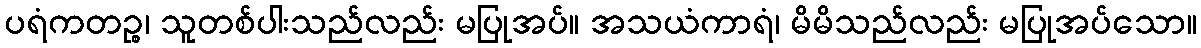
ပရံကတဉ္စ၊ သူတစ်ပါးသည်လည်း မပြုအပ်။ အသယံကာရံ၊ မိမိသည်လည်း မပြုအပ်သော။